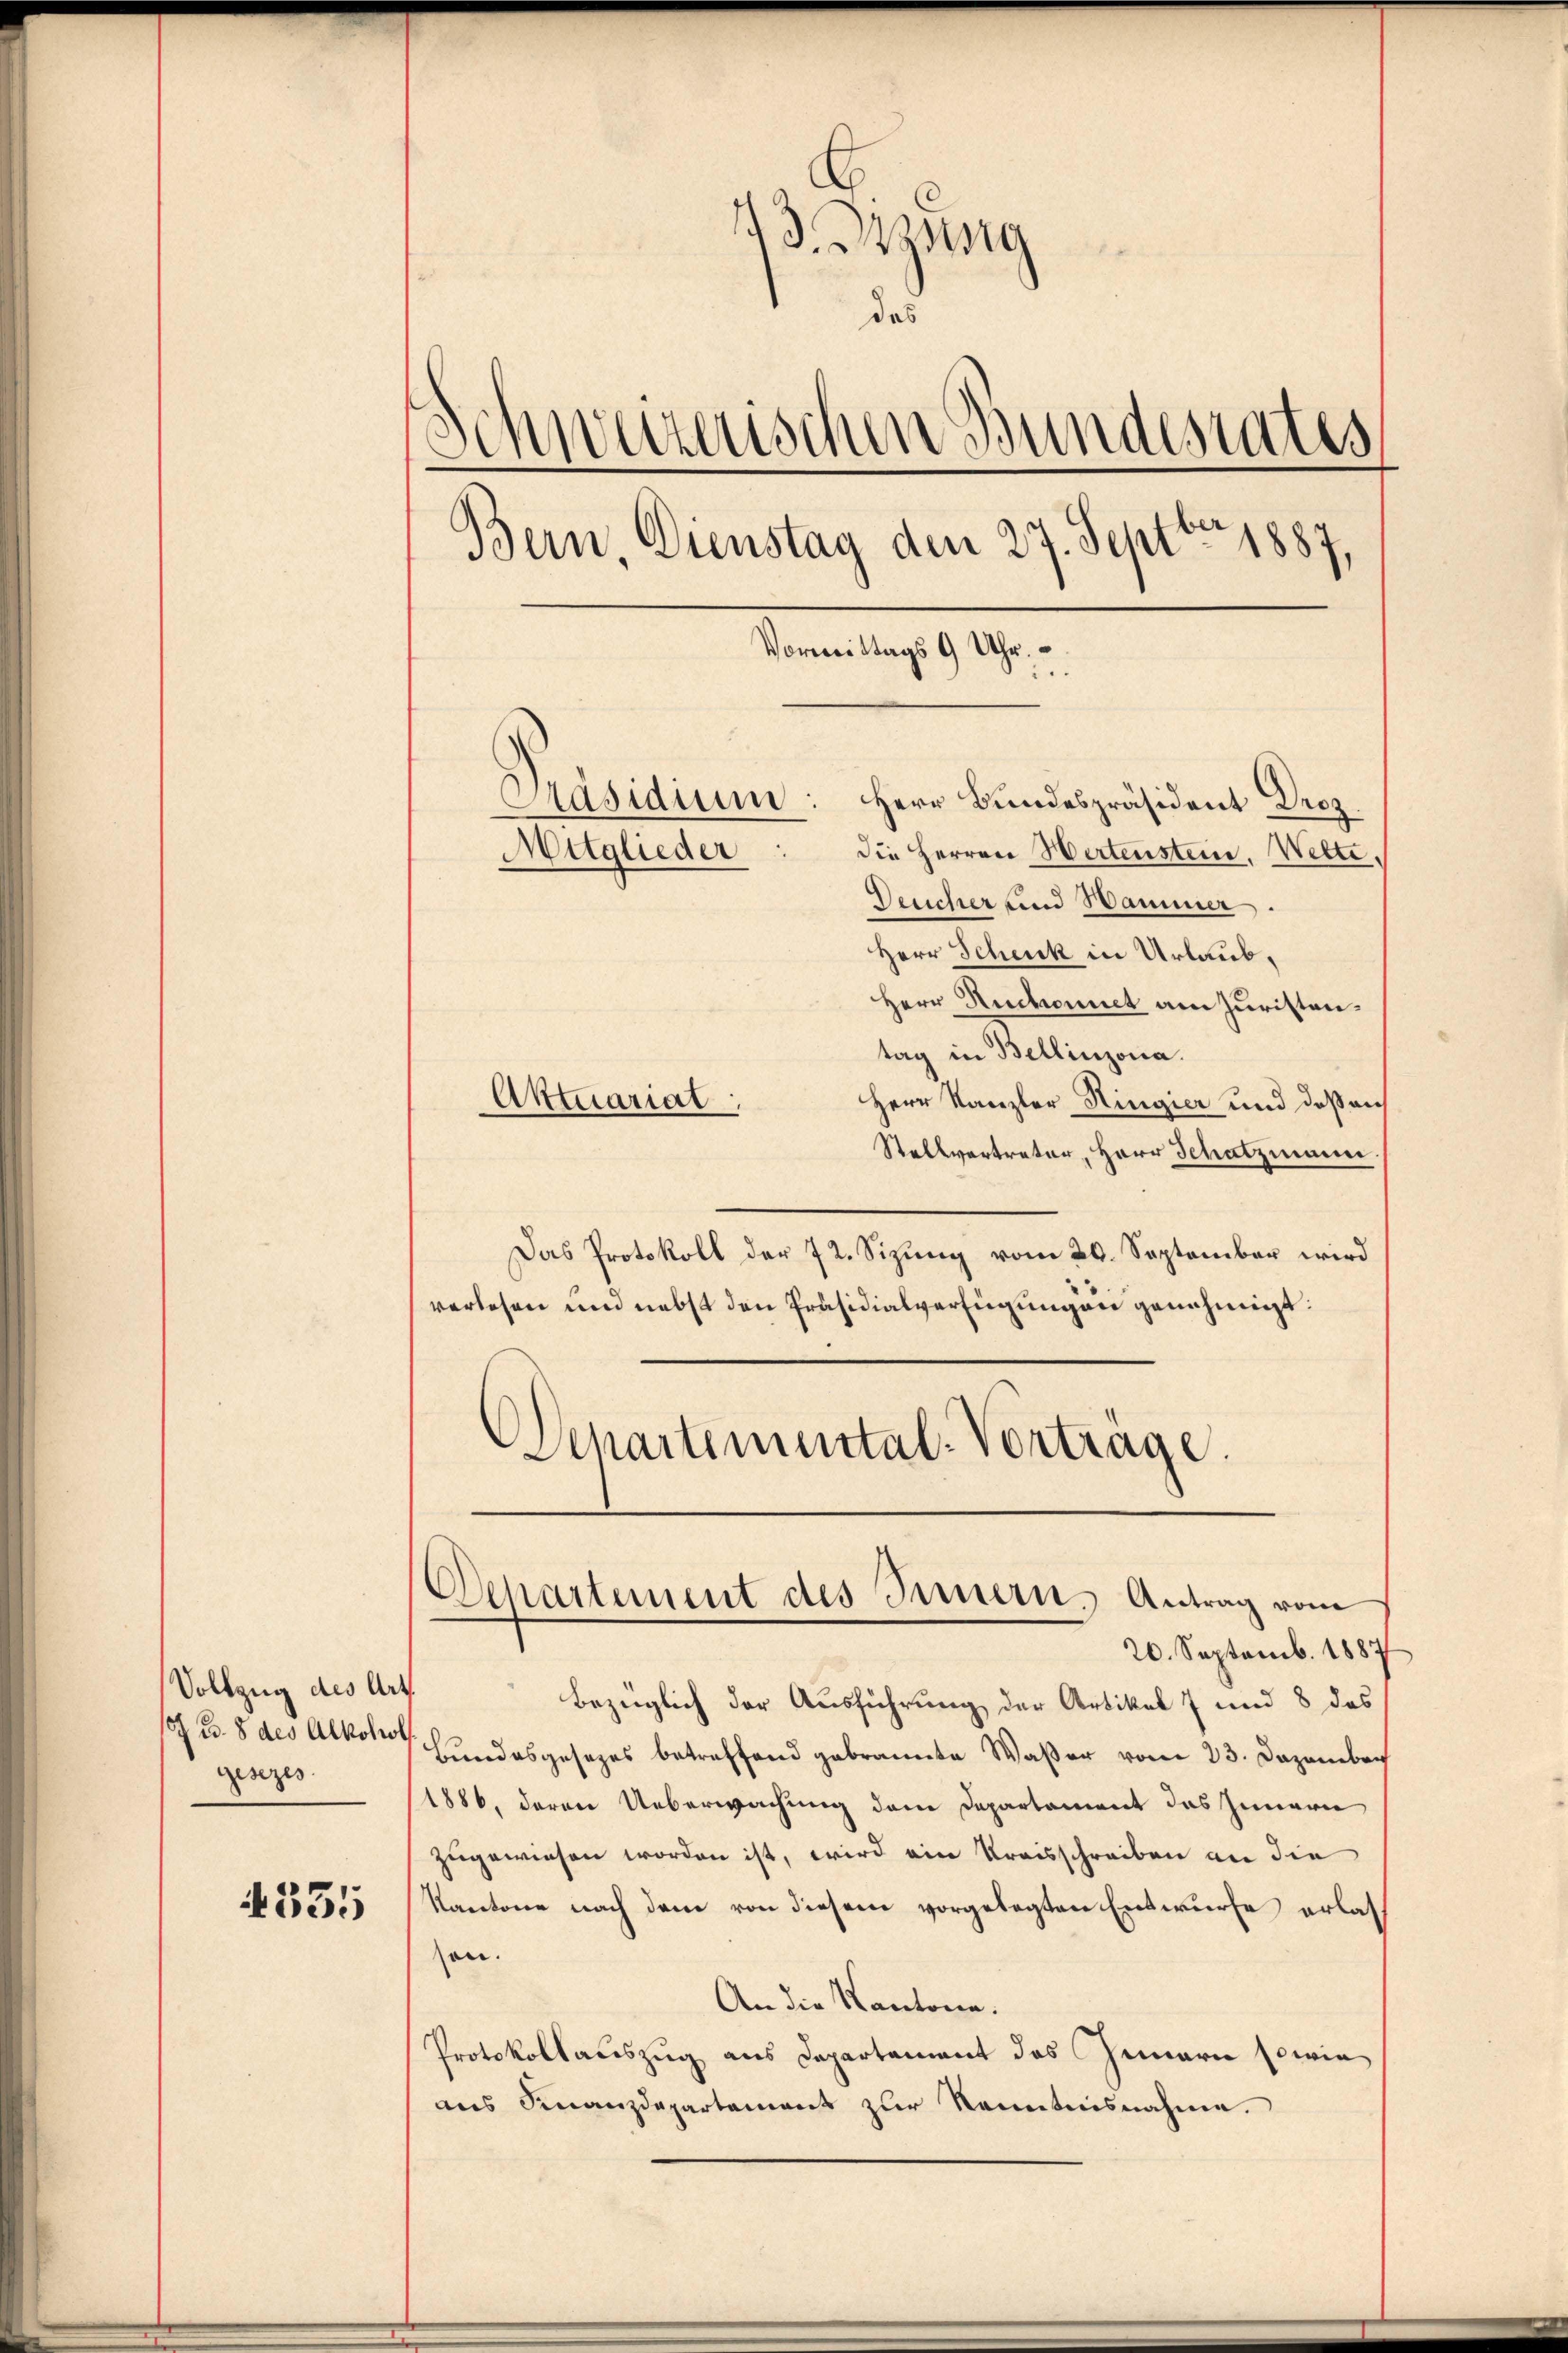
Vollzug des Art.
gesezes

4331

13. Bezug
des
Schweizerischen Bundesrates
Bern, Dienstag den 27. Septbr 1887
Vormittags 9 Uhr.

1
Präsidium: Herr Bundespräsident Droz.

Mitglieder

die Herren Wertenstein. Wette,
Deucher und Hammer.
Herr Schenk in Urlaub¬
Herr Ruchonnet am Juristen.
tag in Bellinzona.
Herr Kanzler Hingier und des au
Aktuariat:
Stellvertreter, Herr Schatzmann
Das Protokoll der 72. Sizung vom 20. September wird
verlesen und nebst den Präsidialverfügungen genehmigt.
Departemental-Vorträge.

Departement des Innern, Antrag vom
20. Septemb. 1887

Bezüglich der Ausführung der Artikel 7 und 8 des
s u. 8 des Alkon Bundesgesezes betreffend gebrannte Waßer vom 23. Dezemberg
1886, deren Ueberwachung dem Departament das Innern
zugewiesen worden ist, wird ein Kreisschreiben an die
Kantone nach dem von diesem vorgelegten Entwurfe erlasson.
An die Kantone.
Protokollauszug aus Departement des Gemarn sowie
aus Finanzdepartement zur Kenntnisnahme.